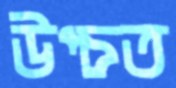
উপ্‌চত